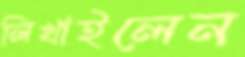
লিখাইলেন